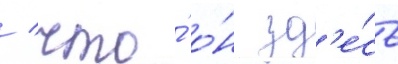
/ что́ о́н зд'е́сь